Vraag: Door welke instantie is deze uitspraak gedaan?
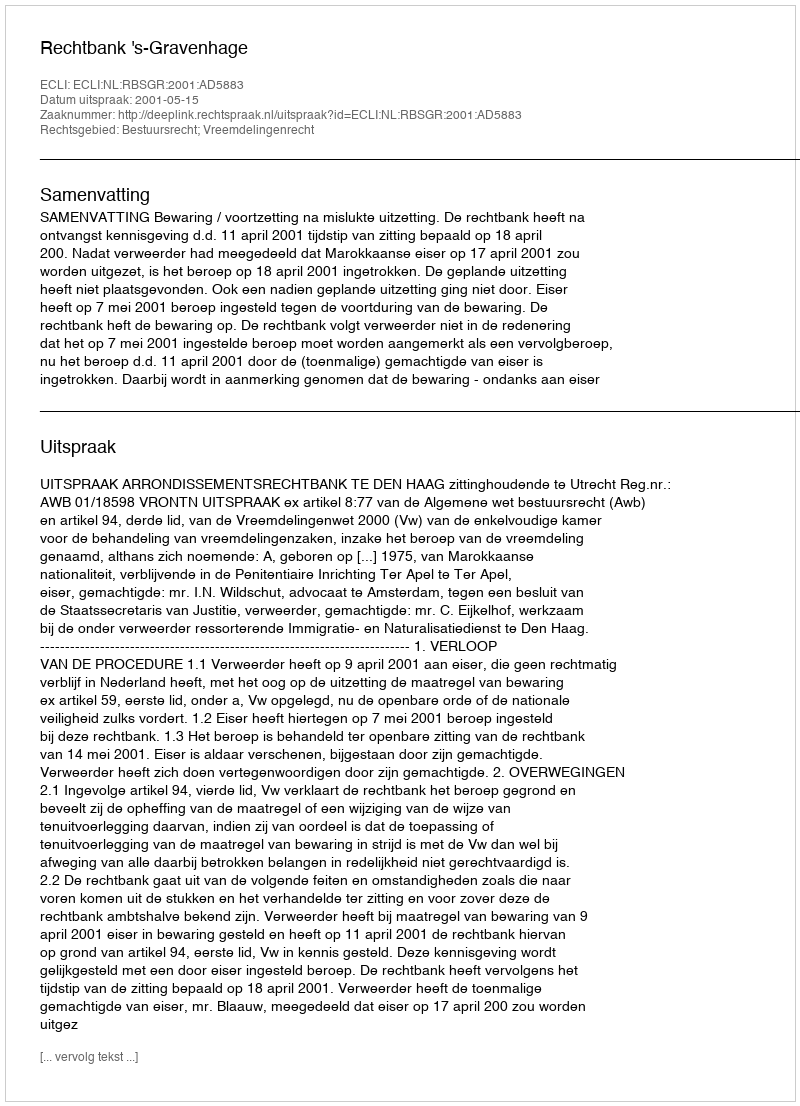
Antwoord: Rechtbank 's-Gravenhage